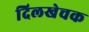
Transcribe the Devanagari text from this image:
दिलखेचक